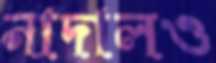
নাদালও